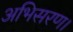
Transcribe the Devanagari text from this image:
अभिसरण।